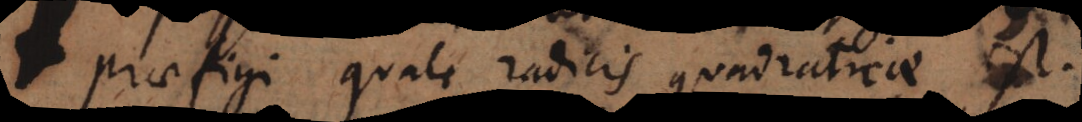
praefigi quale radicis quadraticae est.